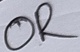
Text: OR